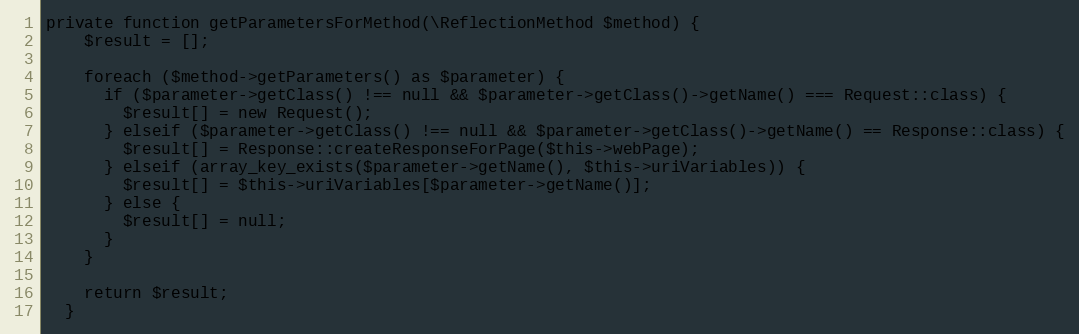
Language: PHP
private function getParametersForMethod(\ReflectionMethod $method) {
    $result = [];

    foreach ($method->getParameters() as $parameter) {
      if ($parameter->getClass() !== null && $parameter->getClass()->getName() === Request::class) {
        $result[] = new Request();
      } elseif ($parameter->getClass() !== null && $parameter->getClass()->getName() == Response::class) {
        $result[] = Response::createResponseForPage($this->webPage);
      } elseif (array_key_exists($parameter->getName(), $this->uriVariables)) {
        $result[] = $this->uriVariables[$parameter->getName()];
      } else {
        $result[] = null;
      }
    }

    return $result;
  }